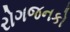
રોગજનકો